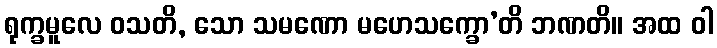
ရုက္ခမူလေ ဝသတိ, သော သမဏော မဟေသက္ခော’တိ ဘဏတိ။ အထ ဝါ